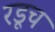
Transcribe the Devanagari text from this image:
रडूच